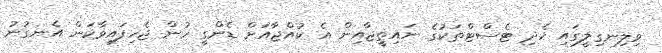
ވިލިނގިލީގައި ހެދި ޓެސްޓްތަކުގެ ނައިތީޖާއިން އެ ކުއްޖާއަށް ޑެންގީ ހުން ޖެހިފައިވާކަން އެނގުނު